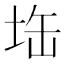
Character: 𭎘